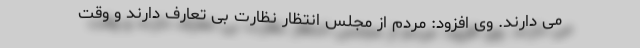
می دارند. وی افزود: مردم از مجلس انتظار نظارت بی تعارف دارند و وقت